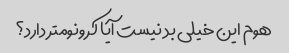
هوم این خیلی بد نیست آیا کرونومتر دارد؟